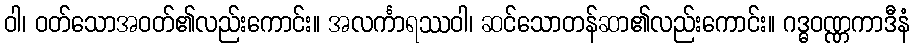
ဝါ၊ ဝတ်သောအဝတ်၏လည်းကောင်း။ အလင်္ကာရဿဝါ၊ ဆင်သောတန်ဆာ၏လည်းကောင်း။ ဂဒ္ဓဝဏ္ဏကာဒီနံ